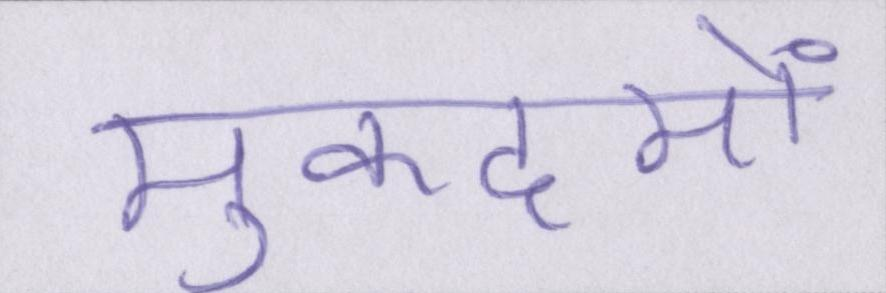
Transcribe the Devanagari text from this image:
मुकदमों